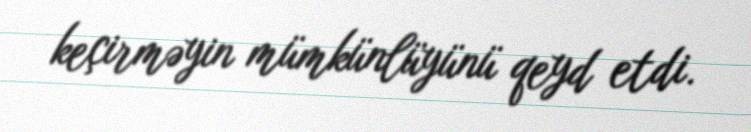
keçirməyin mümkünlüyünü qeyd etdi.